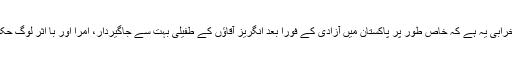
اس نظام حکومت کی ایک بڑی خرابی یہ ہے کہ خاص طور پر پاکستان میں آزادی کے فورا بعد انگریز آقاﺅں کے طفیلی بہت سے جاگیردار، امرا اور با اثر لوگ حکومت کے ایوانوں میں پہنچ گئے۔